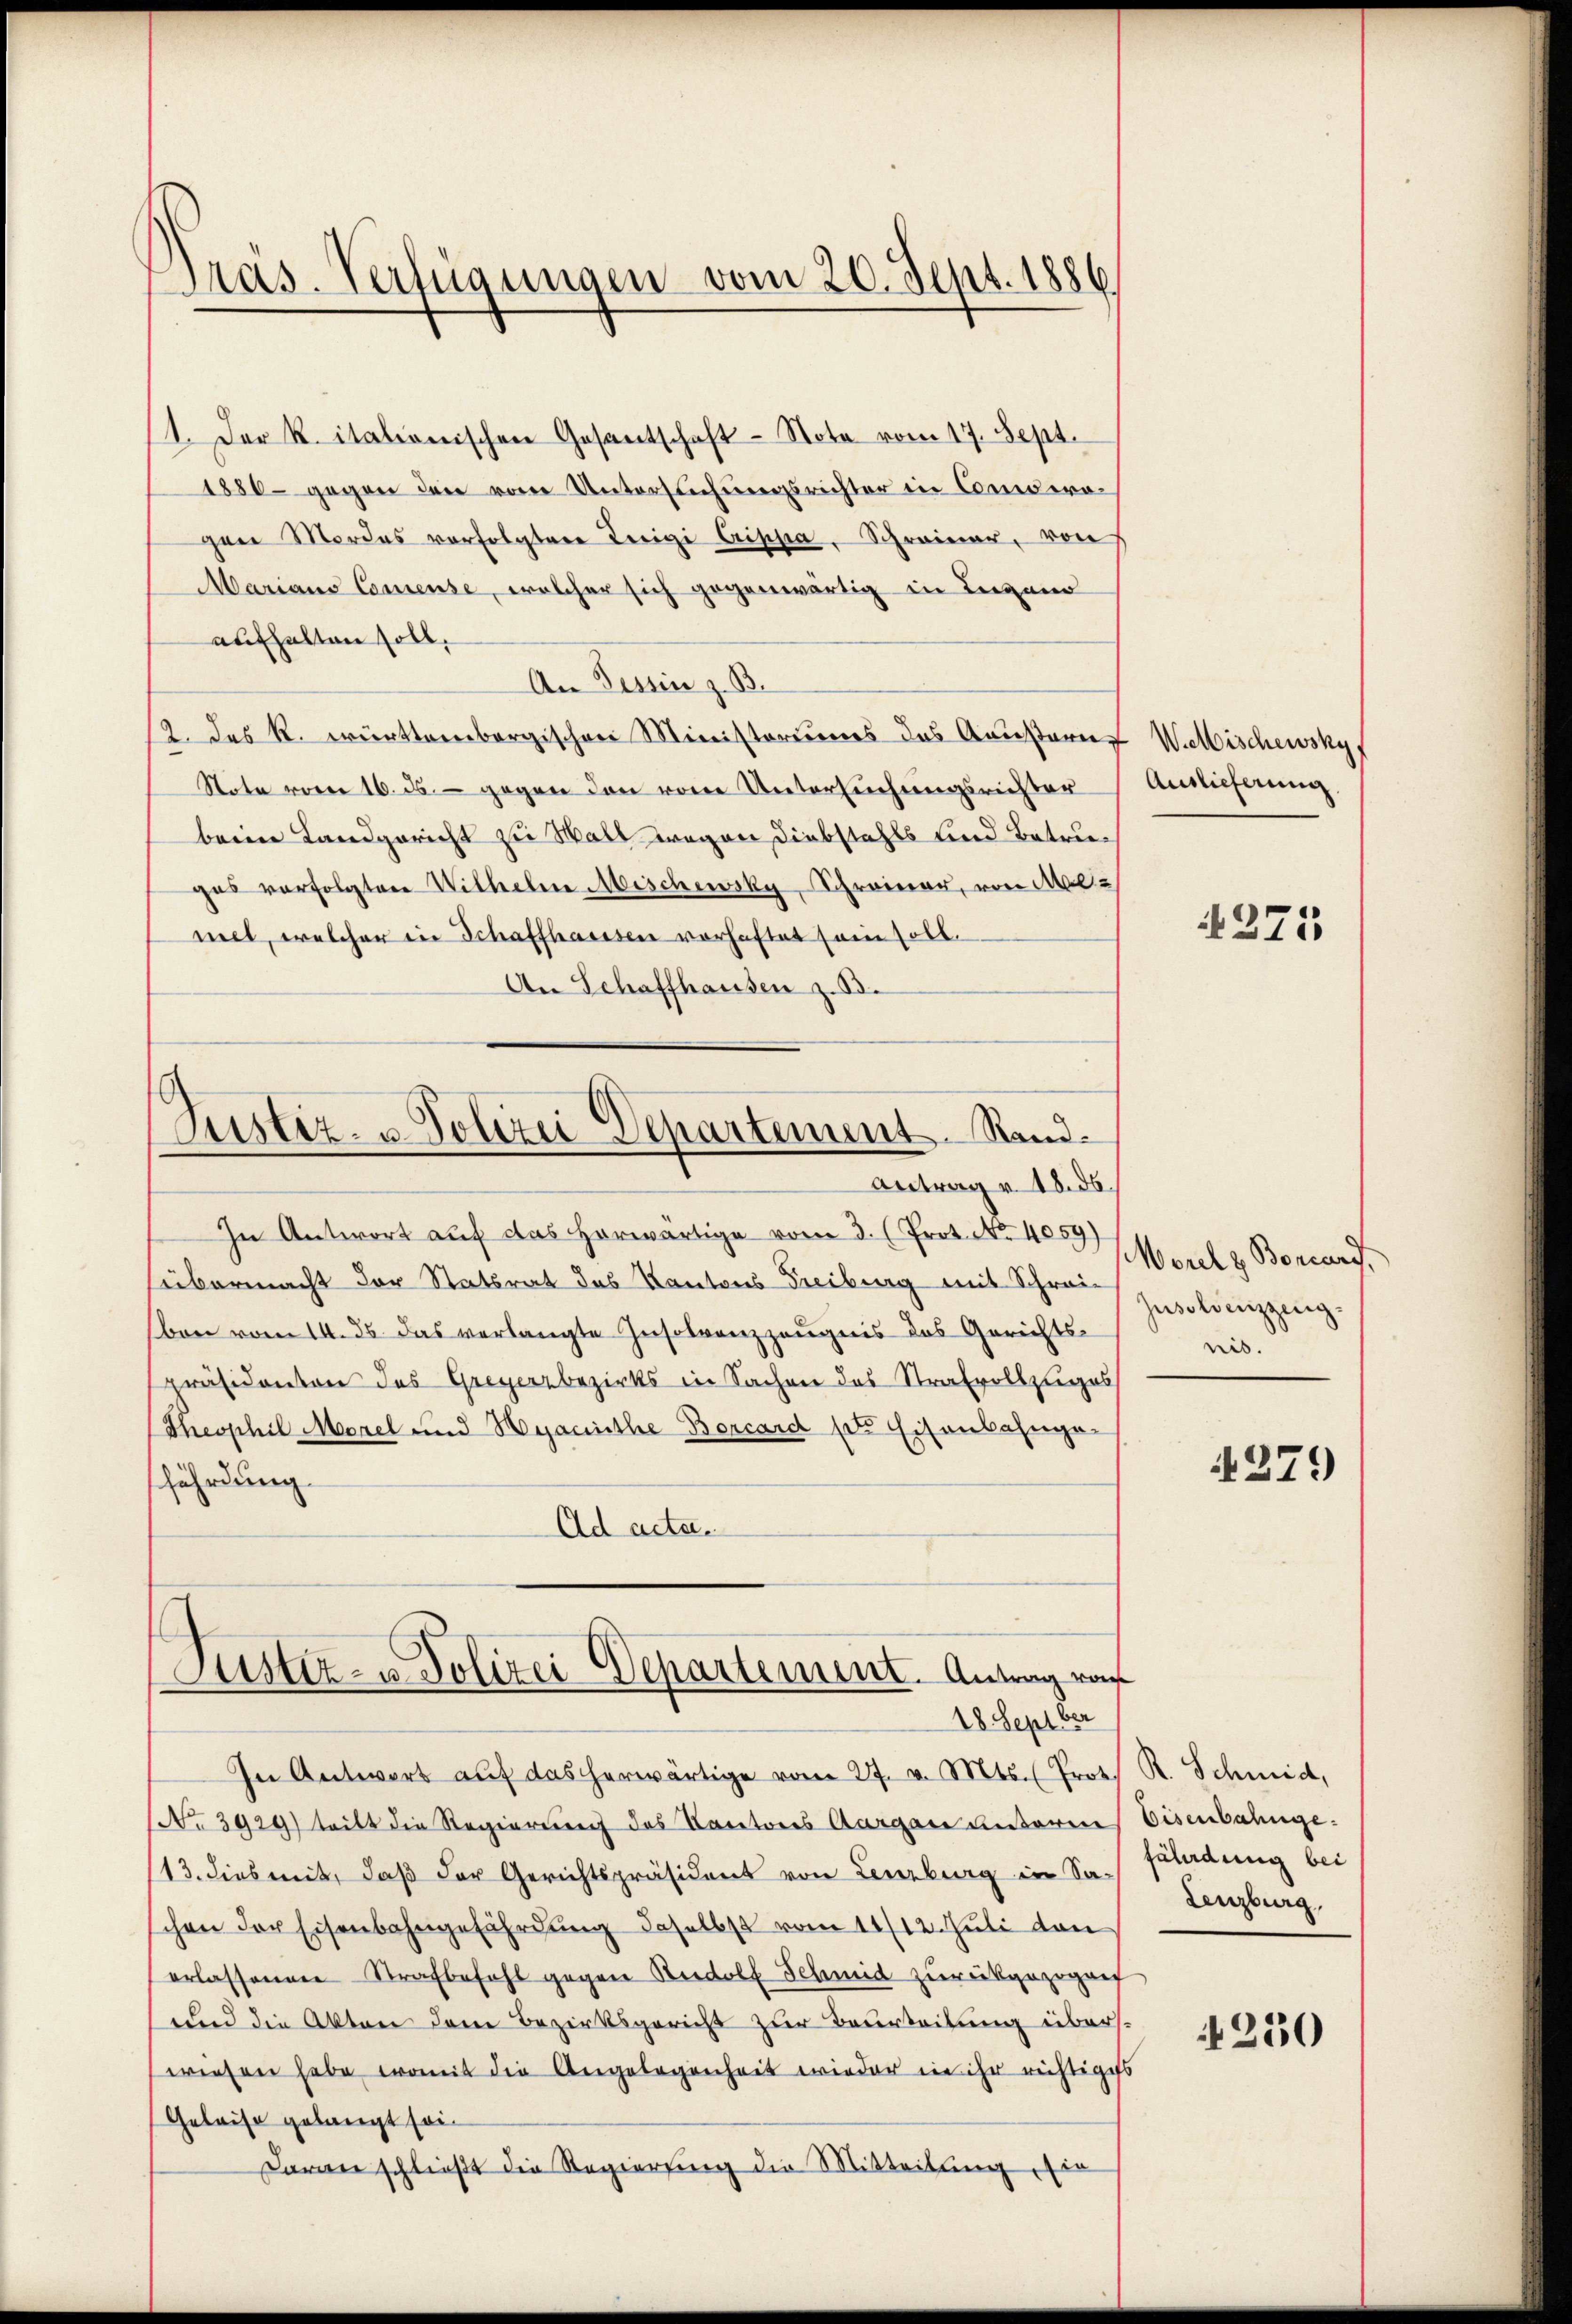
Präs. Verfügungen vom 20. Sept. 1886

1. Der R. italionischen Gesantschaft Nota vom 17. Sept.
1886 gegen den vom Untersuchungsrichter in Cederapaar Mordes vorfolgter Teigi Crippa, Schreiner, von
Marians Comense, welcher sich gegenwärtig in Liegend
aufhalten soll.
An Tessin z. B.
12. des R. württembergischen Ministers das Krustern Wallischewsky
Note vom 16. ds. - gegen den vom Untersuchungsrichter
beim Landgericht zu Wall wegen Diebstahls und Betruges verfolgter Wilhelm Mischewsky, Schreiner, von Malmel, welcher in Schaffhausen vorhaftet sein soll.
An Schaffhausen z. B.

Justiz- u Polizei Departement. Sand¬
Antrag v. 18. ds.

In Antwort auf das herwärtige vom 3. (Prot. No. 4059)
übermacht der Statsrat des Kantons Freiburg mit Schreibon vom 14. ds. das verlangte Insolvenzzeugnis des Gerichts-
präsidenten des Greyerzbezirks in Sachen des Strafvollzuges
(Theophil Morel und Hyacinthe Borcard pr Eisenbahngefährdung
Ad acta.

Justiz- u Polizei Departement. Antrag von
18 Septber

In Antwort aŭf das herwärtige vom 27. v. Mts. (Prot. R. Schmid,
No 3929) tritt die Regierung des Kantores Aargare Unternes Eisenbahnge¬
(13. dies mit, daß der Gerichtspräsident von Lenzburg in Sachen der Eisenbahngefährdung daselbst vom 11/12. Juli den
erlassenen Strafbefahl gegen Rudolf Schmid zurückgezogen
und die Akten dem Bezirksgericht zur Beurteilung überswiesen habe, womit die Angelegenheit wieder in ihr richtiges
Geleise gelangt sei.
Daran schließt die Regierung die Mitteilung, sie

Auslieferung

4375

Morelz Bonard
Jusolvenzzeugnis.

4279)

fändung bei
Lenzburg,

250